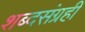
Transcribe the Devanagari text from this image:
शब्दसंग्रही